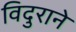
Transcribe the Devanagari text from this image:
विदुराने